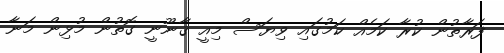
ފަރާތުން ކުރާ ކަމެއް ކަމުގައި ވިޔަސް މިއީ ޤާނޫނީ ގޮތުން މުޅިން މަނާ